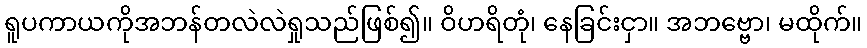
ရူပကာယကိုအဘန်တလဲလဲရှုသည်ဖြစ်၍။ ဝိဟရိတုံ၊ နေခြင်းငှာ။ အဘဗ္ဗော၊ မထိုက်။